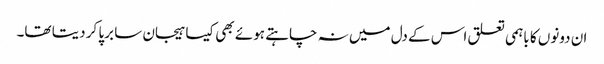
ان دونوں کا باہمی تعلق اس کے دل میں نہ چاہتے ہوئے بھی کیسا ہیجان سا برپا کر دیتا تھا۔